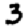
Digit: 3